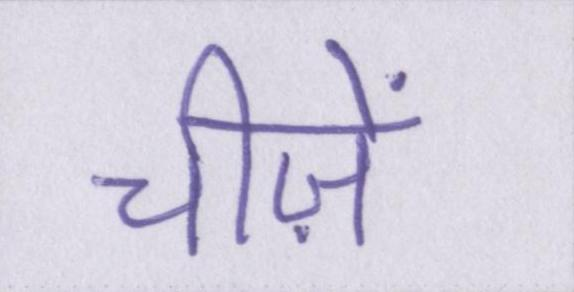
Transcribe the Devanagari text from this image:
चीज़ें